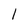
Character: 1